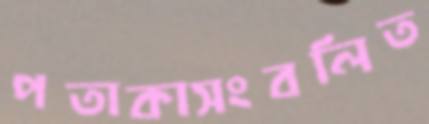
পতাকাসংবলিত